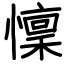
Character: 懍